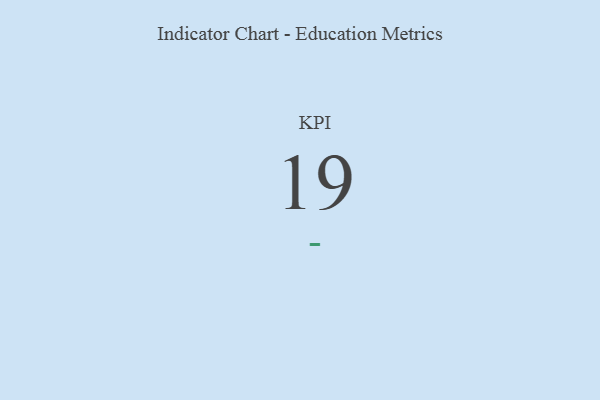
{"axis": {"x": "KPI", "y": "Value"}, "legend": [""], "data": [{"x": "KPI", "y": 19, "type": ""}]}